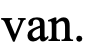
van.